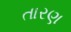
તારણ